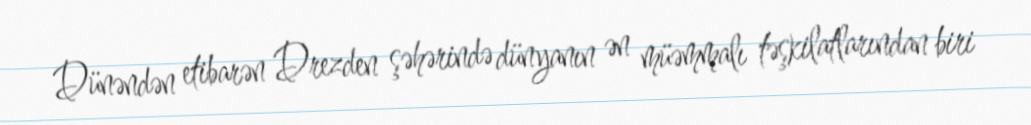
Dünəndən etibarən Drezden şəhərində dünyanın ən müəmmalı təşkilatlarından biri